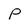
Character: P